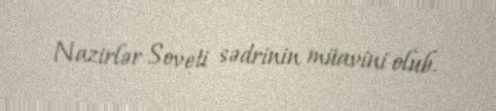
Nazirlər Soveti sədrinin müavini olub.